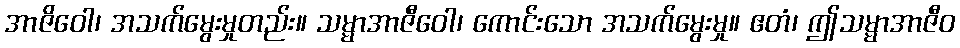
အာဇိဝေါ၊ အသက်မွေးမှုတည်း။ သမ္မာအာဇီဝေါ၊ ကောင်းသော အသက်မွေးမှု။ ဧတံ၊ ဤသမ္မာအာဇီဝ